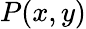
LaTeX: P(x,y)